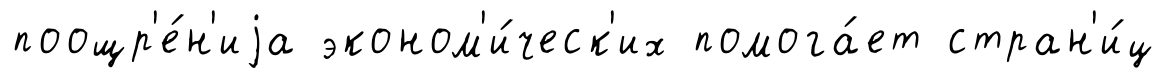
поощр'е́н'иjа эконом'и́ческ'их помога́ет стран'и́ц